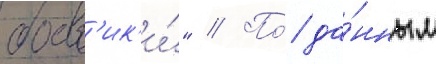
боев'ик'и́" // По́ да́нным